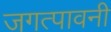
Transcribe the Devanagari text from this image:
जगत्पावनी